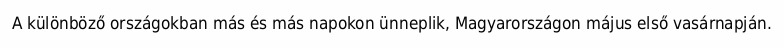
A különböző országokban más és más napokon ünneplik, Magyarországon május első vasárnapján.